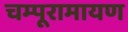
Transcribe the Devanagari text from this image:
चम्पूरामायण